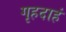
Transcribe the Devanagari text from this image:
गृहदाहं